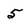
Character: 5